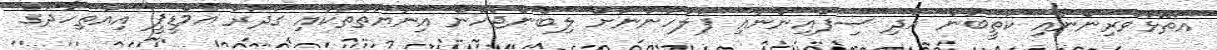
އަތޮޅުވެރިންނާއި ކަތީބުން އަދި ސިފައިންނާއި ފުލުހުންނަށް ލިބެންޖެހޭނެ އިނާޔަތްތަކާއި ގަދަރު އެމްޑީޕީ އިއްތިހާދުގެ